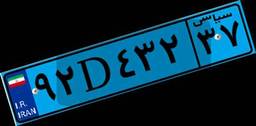
۹۲D۴۳۲۳۷